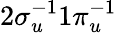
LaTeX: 2\sigma_{u}^{-1}1\pi_{u}^{-1}